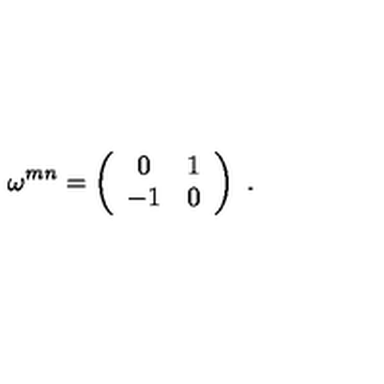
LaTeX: \omega ^ { m n } = \left( \begin{array} { c c } { 0 } & { 1 } \\ { - 1 } & { 0 } \\ \end{array} \right) \ .